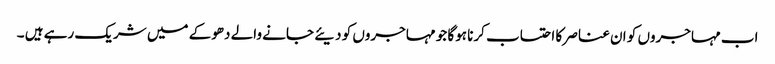
اب مہاجروں کو ان عناصر کا احتساب کرنا ہوگا جو مہاجروں کو دیئے جانے والے دھوکے میں شریک رہے ہیں ۔